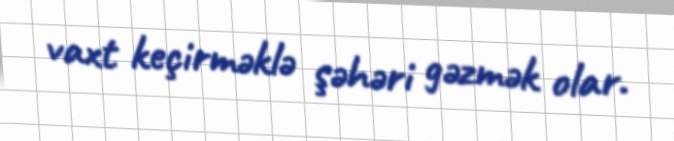
vaxt keçirməklə şəhəri gəzmək olar.